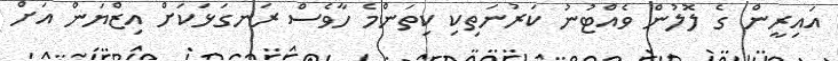
އައިރީން ގެ ލޮލުން ވެއްޓުނު ކަރުނަތިކި ކިތަންމެ ހާވެސް ރަނގަޅަކަށް އިޒްޔަން އަށް